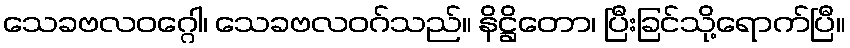
သေခဗလဝဂ္ဂေါ၊ သေခဗလဝဂ်သည်။ နိဋ္ဌိတော၊ ပြီးခြင်သို့ရောက်ပြီ။